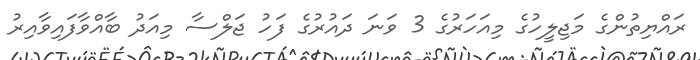
ރައްޔިތުންގެ މަޖިލީހުގެ މިއަހަރުގެ 3 ވަނަ ދައުރުގެ ފަހު ޖަލްސާ މިއަދު ބާއްވާފައިވާއިރު